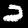
Digit: 2